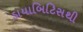
ડાયાબિટિસથી